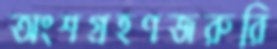
অংশগ্রহণজরুরি